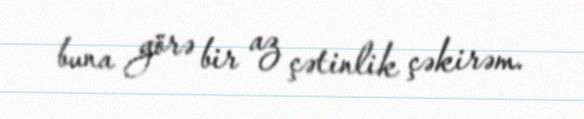
buna görə bir az çətinlik çəkirəm.